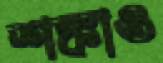
শঙ্কাও